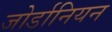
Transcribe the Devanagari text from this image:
जोर्डानियन